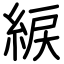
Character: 綟